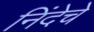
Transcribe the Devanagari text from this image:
निंदेचे